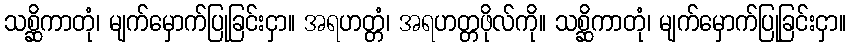
သစ္ဆိကာတုံ၊ မျက်မှောက်ပြုခြင်းငှာ။ အရဟတ္တံ၊ အရဟတ္တဖိုလ်ကို။ သစ္ဆိကာတုံ၊ မျက်မှောက်ပြုခြင်းငှာ။